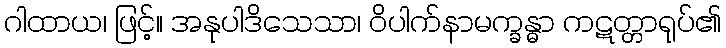
ဂါထာယ၊ ဖြင့်။ အနုပါဒိသေသာ၊ ဝိပါက်နာမက္ခန္ဓာ ကဋတ္တာရုပ်၏